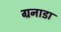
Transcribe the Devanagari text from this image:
ग्रनाडा